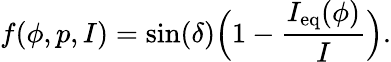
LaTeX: f(\phi,p,I)=\sin(\delta)\Big(1-\frac{I_{\mathrm{eq}}(\phi)}{I}\Big).